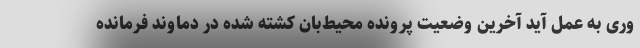
وری به عمل آید آخرین وضعیت پرونده محیط‌بان کشته شده در دماوند فرمانده